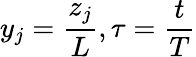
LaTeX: y_{j}=\frac{z_{j}}{L},\tau=\frac{t}{T}